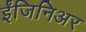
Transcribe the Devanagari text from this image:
ईंजिनिअर